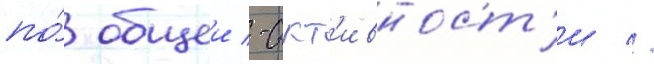
по́ общеи -акт'ивност'и //